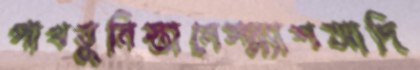
পাখতুনিস্তানেস্প্ল্যাশআদি